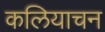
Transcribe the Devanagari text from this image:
कलियाचन